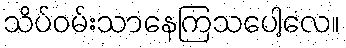
သိပ်ဝမ်းသာနေကြသပေါ့လေ။